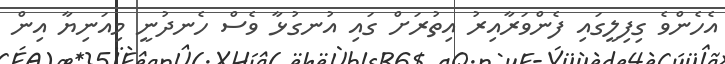
އެހެންވެ ގިފިލީގައި ފެންވަރާއިރު އިތުރަށް ގައި އުނގުޅާ ވެސް ހެނދުނީ މިއަނިޔާ އިން